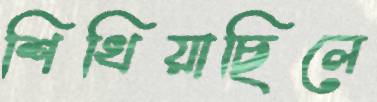
শিখিয়াছিলে